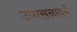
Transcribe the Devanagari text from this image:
उपासनावर्म